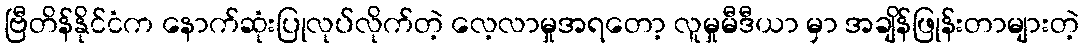
ဗြီတိန်နိုင်ငံက နောက်ဆုံးပြုလုပ်လိုက်တဲ့ လေ့လာမှုအရတော့ လူမှုမီဒီယာ မှာ အချိန်ဖြုန်းတာများတဲ့